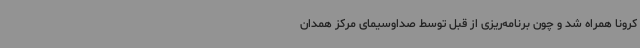
کرونا همراه شد و چون برنامه‌ریزی از قبل توسط صداوسیمای مرکز همدان